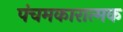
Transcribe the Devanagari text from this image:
पंचमकारात्मक